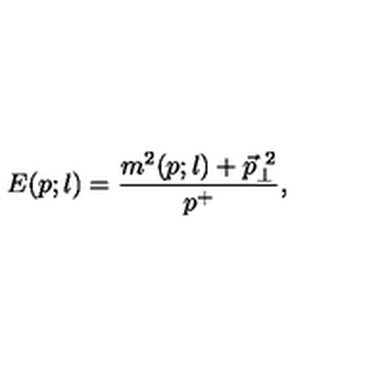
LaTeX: E ( p ; l ) = \frac { m ^ { 2 } ( p ; l ) + \vec { p } _ { \perp } ^ { \ 2 } } { p ^ { + } } ,